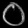
Digit: ၀